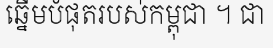
ឆ្នើមបំផុតរបស់កម្ពុជា ។ ជា